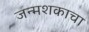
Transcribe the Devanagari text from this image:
जन्मशकाचा